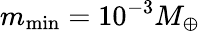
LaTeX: m_{\operatorname*{min}}=10^{-3}M_{\oplus}